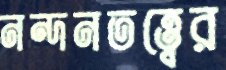
নন্দনতত্ত্বের